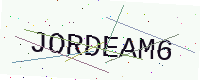
Text: JORDEAM6